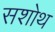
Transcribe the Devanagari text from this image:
सशोथ